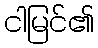
ငါမြင်၏